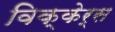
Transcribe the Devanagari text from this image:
विक्केर्स